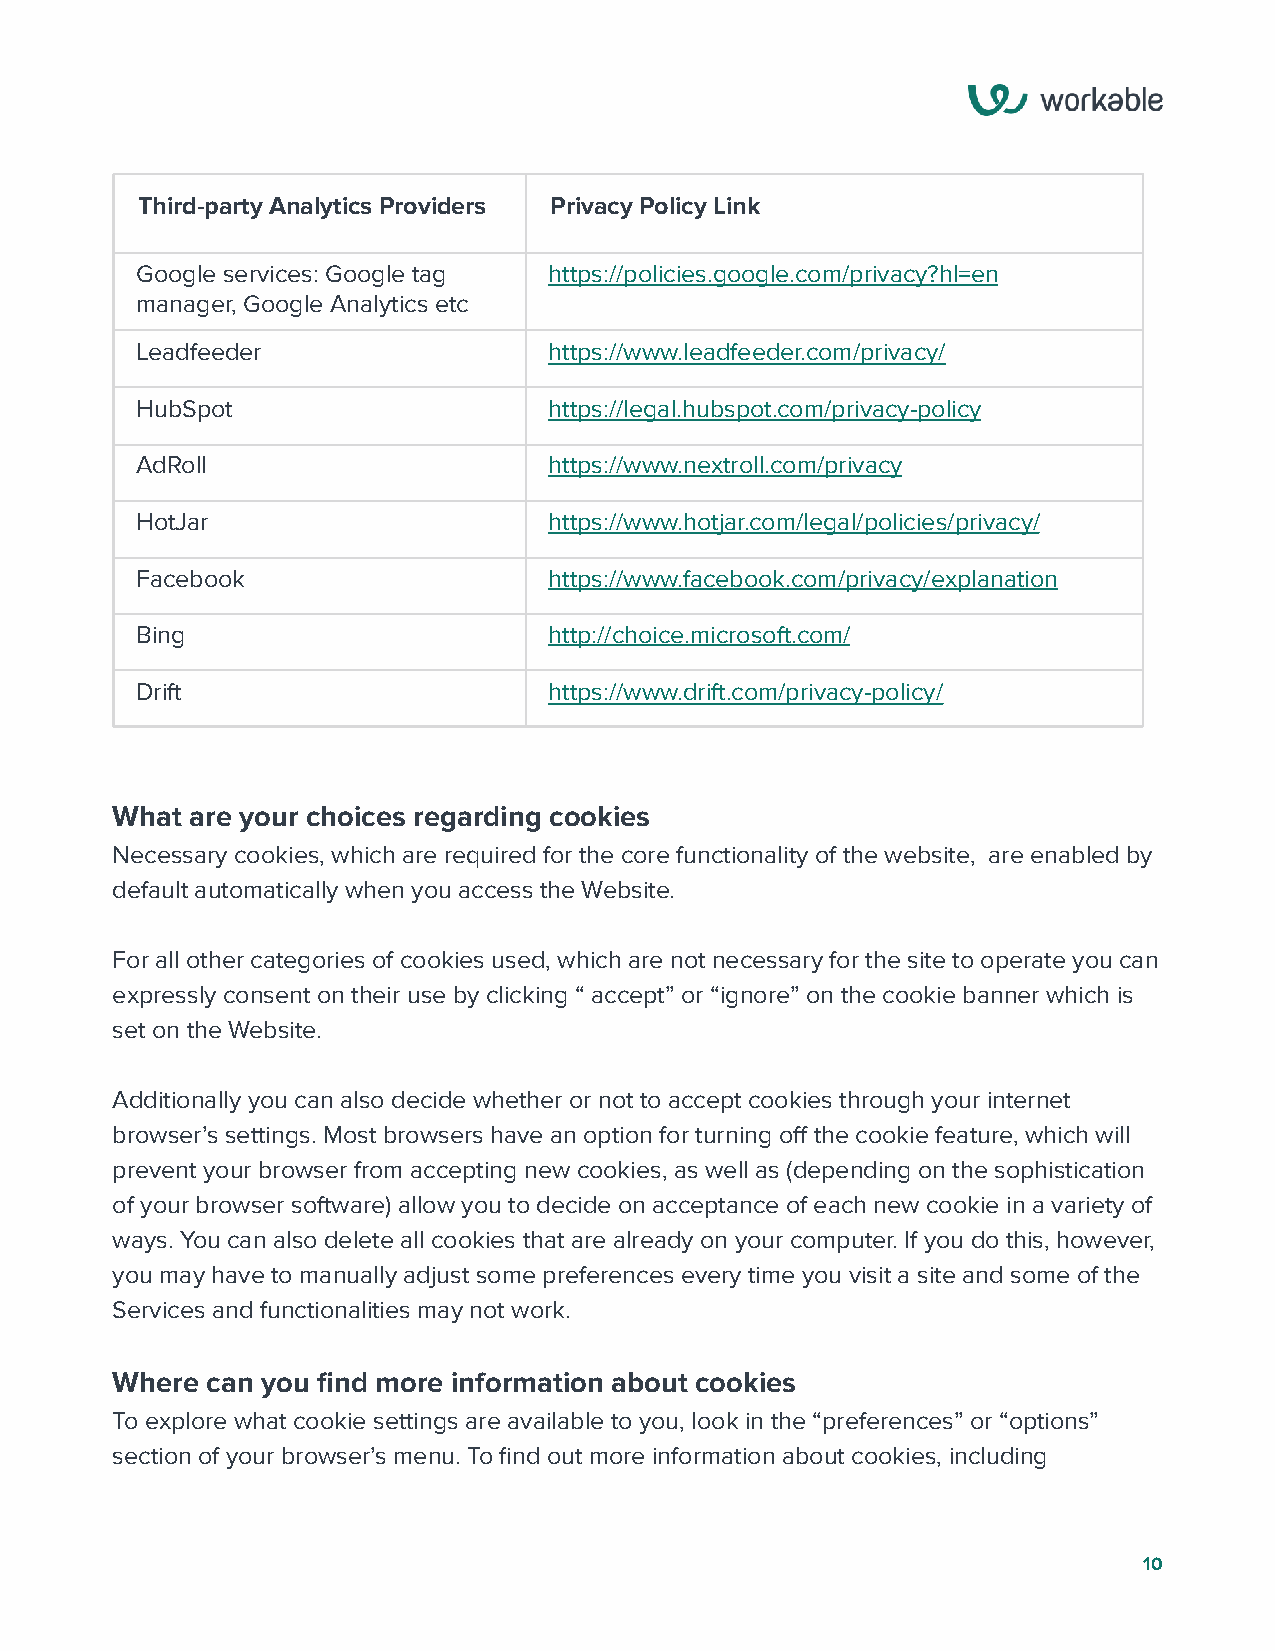
Third-party Analytics Providers Privacy Policy Link
 Google services: Google tag https://policies.google.com/privacy?hl=en
 manager, Google Analytics etc
 Leadfeeder                 https://www.leadfeeder.com/privacy/
 HubSpot                    https://legal.hubspot.com/privacy-policy
 AdRoll                     https://www.nextroll.com/privacy
 HotJar                     https://www.hotjar.com/legal/policies/privacy/
 Facebook                   https://www.facebook.com/privacy/explanation
 Bing                       http://choice.microsoft.com/
 Drift                      https://www.drift.com/privacy-policy/
 What  are your choices regarding cookies
 Necessary cookies, which are required for the core functionality of the website, are enabled by
 default automatically when you access the Website.
 For all other categories of cookies used, which are not necessary for the site to operate you can
 expressly consent on their use by clicking “ accept” or “ignore” on the cookie banner which is
 set on the Website.
 Additionally you can also decide whether or not to accept cookies through your internet
 browser’s settings. Most browsers have an option for turning off the cookie feature, which will
 prevent your browser from accepting new cookies, as well as (depending on the sophistication
 of your browser software) allow you to decide on acceptance of each new cookie in a variety of
 ways. You can also delete all cookies that are already on your computer. If you do this, however,
 you may have to manually adjust some preferences every time you visit a site and some of the
 Services and functionalities may not work.
 Where  can you find more information about cookies
 To explore what cookie settings are available to you, look in the “preferences” or “options”
 section of your browser’s menu. To find out more information about cookies, including
 10